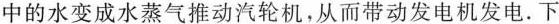
中的水变成水蒸气推动汽轮机，从而带动发电机发电.下